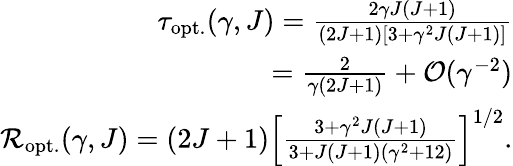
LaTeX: \begin{array}{r}{\tau_{\mathrm{opt.}}(\gamma,J)=\frac{2\gamma J(J+1)}{(2J+1)\left[3+\gamma^{2}J(J+1)\right]}}\\ {=\frac{2}{\gamma(2J+1)}+\mathcal{O}(\gamma^{-2})}\\ {\mathcal{R}_{\mathrm{opt.}}(\gamma,J)=(2J+1)\left[\frac{3+\gamma^{2}J(J+1)}{3+J(J+1)(\gamma^{2}+12)}\right]^{1/2}.}\end{array}